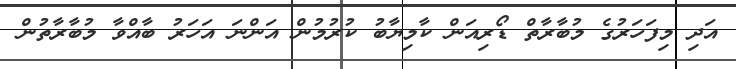
އަދި މިފަހަރުގެ މުބާރާތް ޑޯރިއަން ކާމިޔާބު ކުރުމުން އަންނަ އަހަރު ބާއްވާ މުބާރާތުން